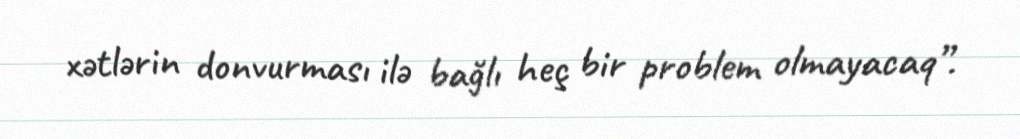
xətlərin donvurması ilə bağlı heç bir problem olmayacaq”.